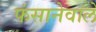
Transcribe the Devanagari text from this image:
फंसानेवाले